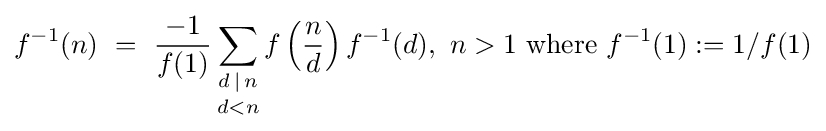
f^{-1}(n)\ =\ {\frac {-1}{f(1)}}\mathop {\sum _{d\,\mid \,n}} _{d<n}f\left({\frac {n}{d}}\right)f^{-1}(d),\ n>1{\text{ where }}f^{-1}(1):=1/f(1)